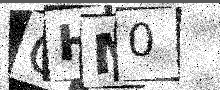
Text: GHM0